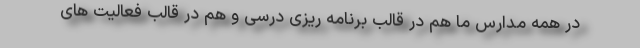
در همه مدارس ما هم در قالب برنامه ریزی درسی و هم در قالب فعالیت های